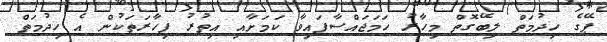
ޕޭގެ ހިދުމަތް ލިބޭގޮތް މިހާރު ހަމަޖައްސާފައިވާ ކަމަށާއި އިތުރު ފިހާރަތަކުން އެ ހިދުމަތް